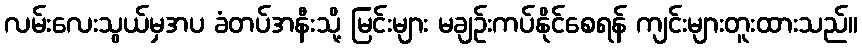
လမ်းလေးသွယ်မှအပ ခံတပ်အနီးသို့ မြင်းများ မချဉ်းကပ်နိုင်စေရန် ကျင်းများတူးထားသည်။